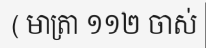
( មាត្រា ១១២ ចាស់